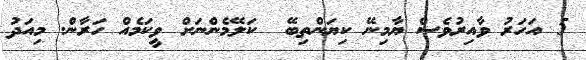
5 އަހަރު ވާއިރުވެސް ޔާމިނޭ ކިޔަންތިބޭ  ކަލޭމެންނަށް ވީކަމެއް ހަރާން. މިއަދު